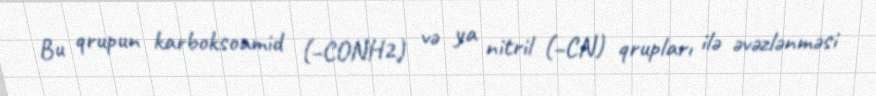
Bu qrupun karboksoamid (–CONH2) və ya nitril (–CN) qrupları ilə əvəzlənməsi